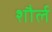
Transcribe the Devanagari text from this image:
शौर्ल